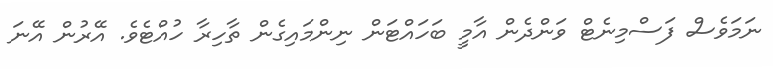
ނަމަވެސް ފަސްމިނެޓް ވަންދެން އާމީ ބަހައްޓަން ނިންމައިގެން ތާހިރާ ހުއްޓެވެ. އޭރުން އޭނަ